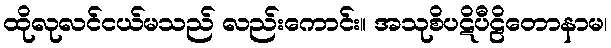
ထိုလုလင်ငယ်မသည် လည်းကောင်း။ အသုစိပဋိပီဠိတောနာမ၊